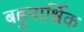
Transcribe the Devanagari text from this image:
बहुपार्श्विक